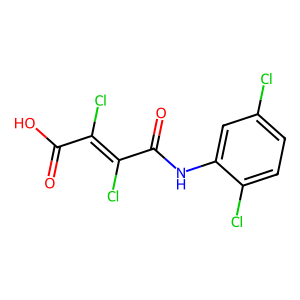
SMILES: O=C(O)C(Cl)=C(Cl)C(=O)Nc1cc(Cl)ccc1Cl
Inhibits HIV replication: No